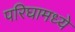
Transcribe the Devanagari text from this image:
परिघामध्ये